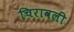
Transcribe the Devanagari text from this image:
चिरावली